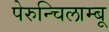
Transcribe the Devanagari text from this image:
पेरुन्चिलाम्बू